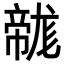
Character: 𢅛